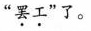
“罢工”了。